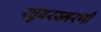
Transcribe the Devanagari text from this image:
रघुवरस्मरणीं